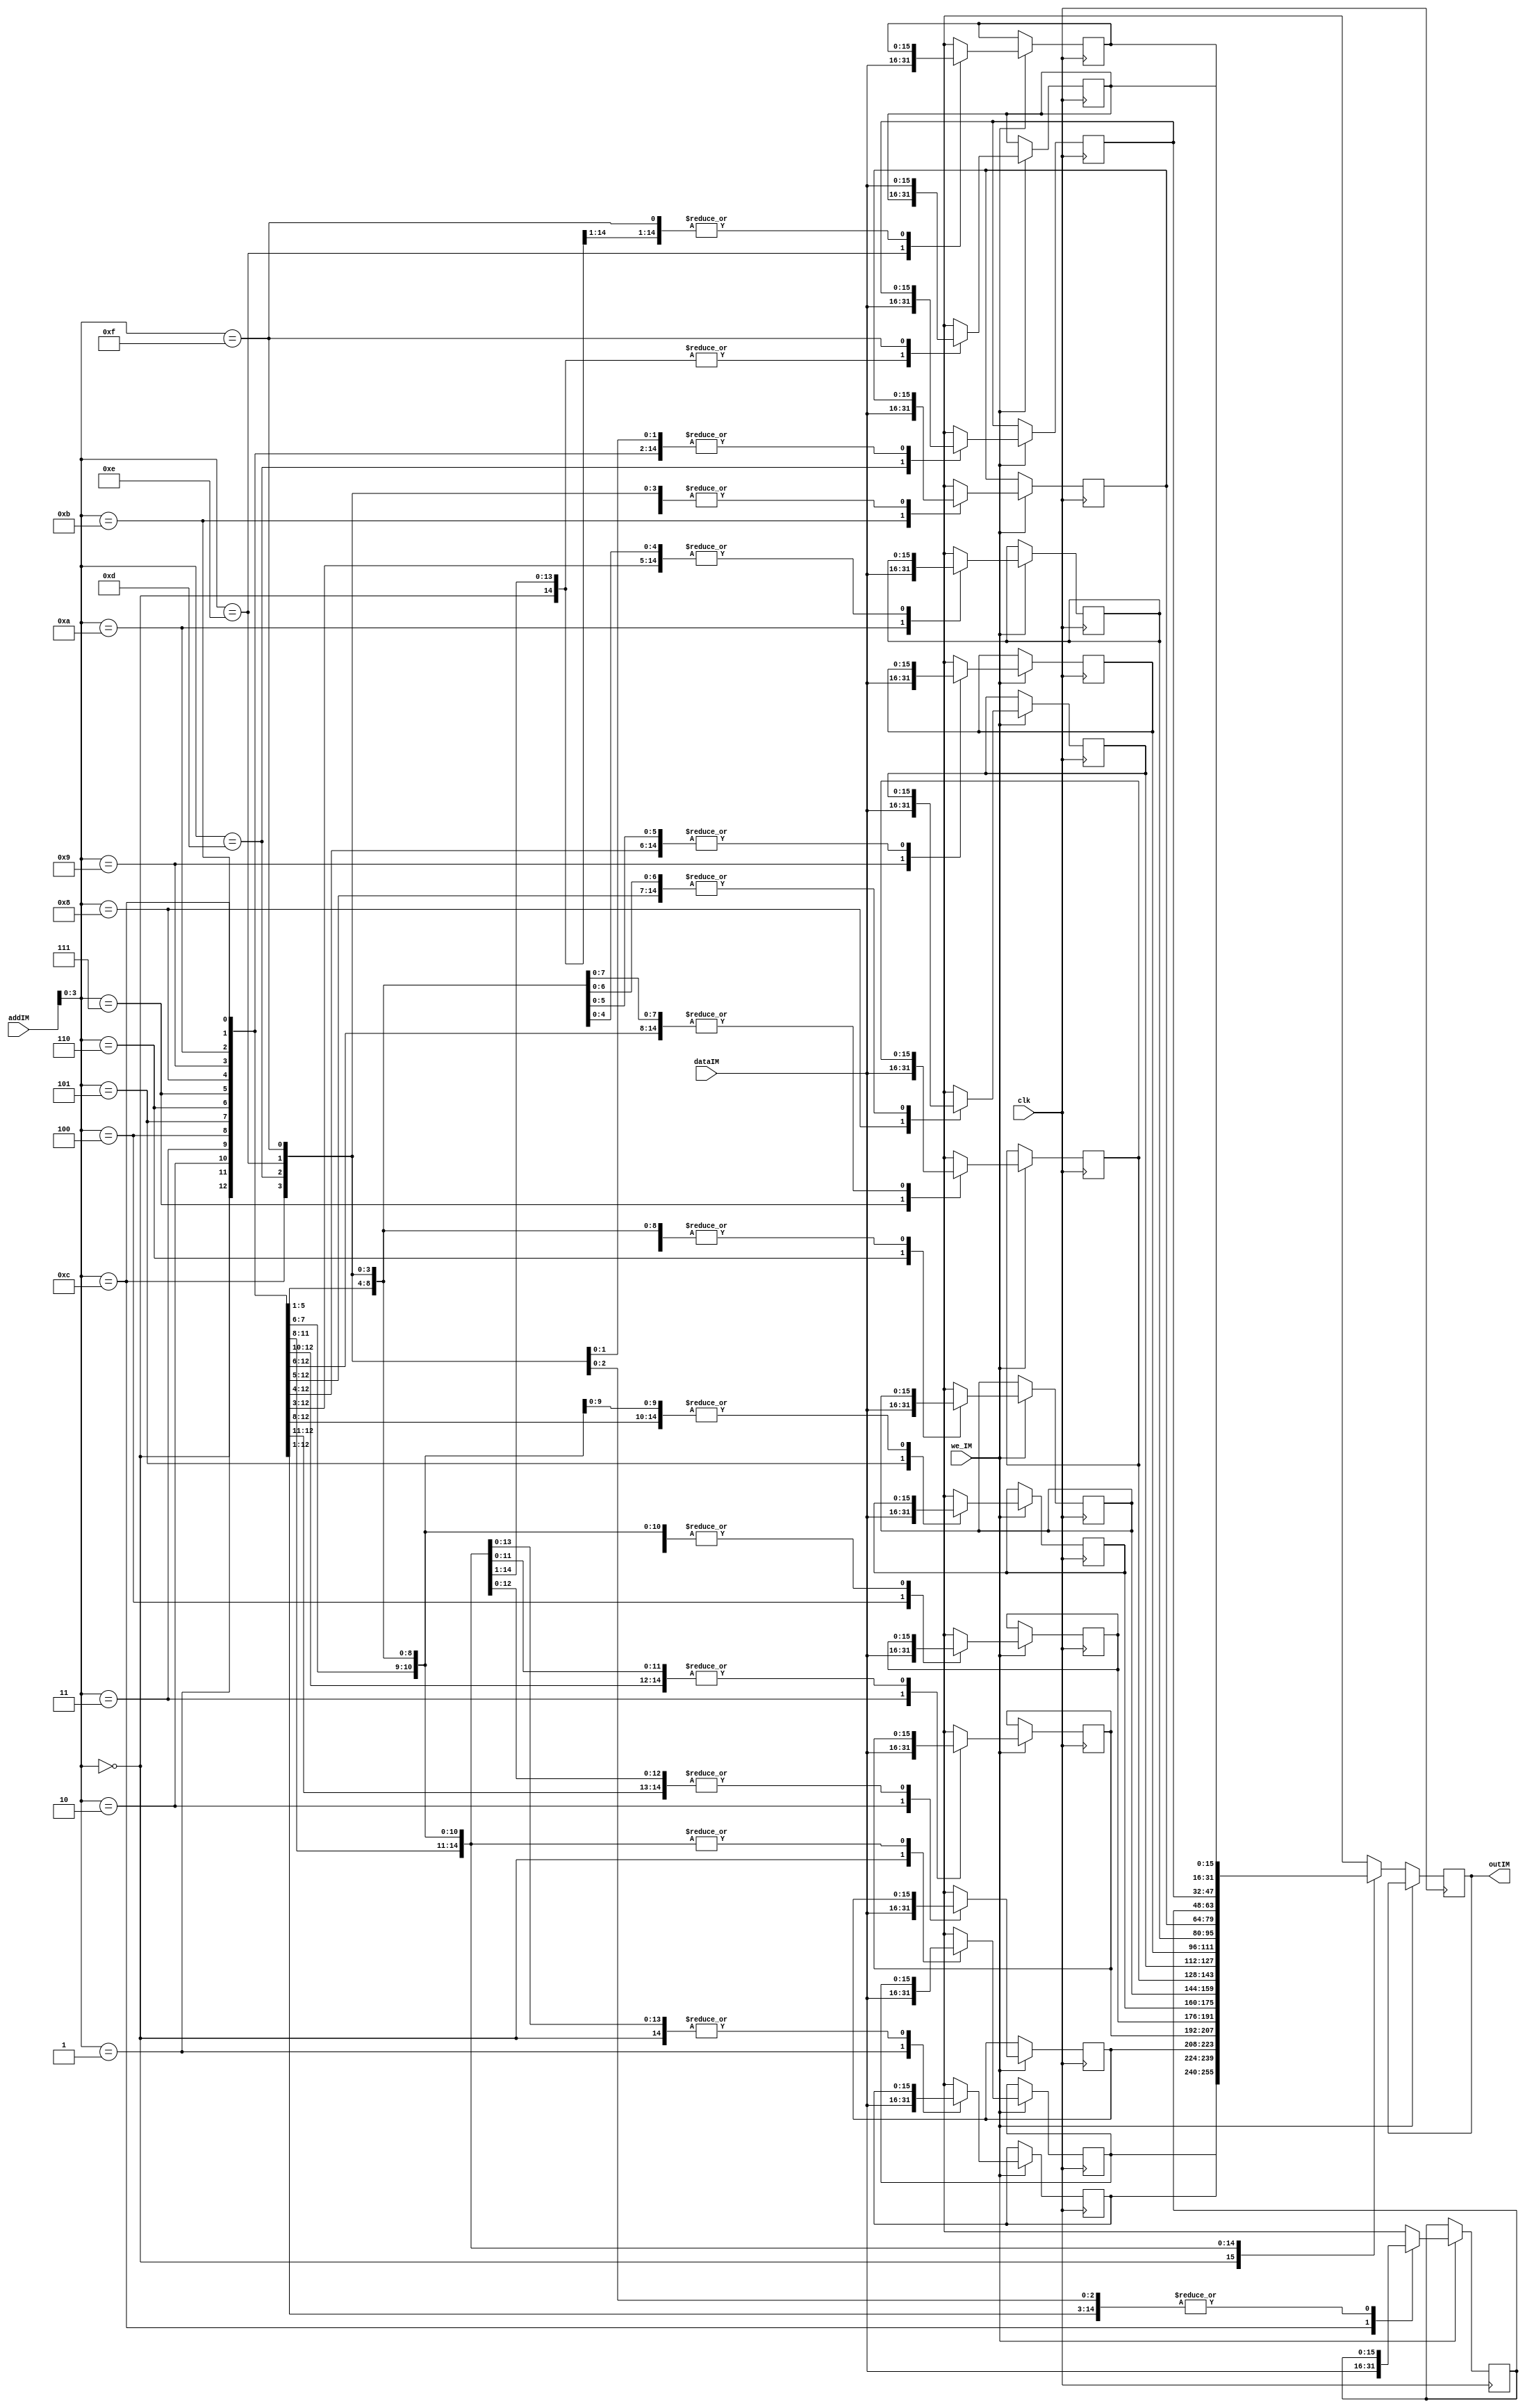
//////////////////////////////////////////////////////////////////////
//	Program to realise Instmemory in the CPU		/////
////////////////////////////////////////////////////////////////////

module instmem(clk, we_IM, dataIM, addIM, outIM);
input clk;
input we_IM;
input [15:0] dataIM;
input [11:0] addIM;
output [15:0] outIM;

reg [15:0] outIM;

// Memory is an array stored at particular address

reg [15:0] mem [0 : 15];

always@(posedge clk)
begin
	if (we_IM == 1) begin
	mem[addIM] = dataIM;
	end
	
	else if (we_IM == 0) begin
	outIM = mem[addIM];
	end
end
endmodule